Resolution on Dr Rogers' report on Kala azar.
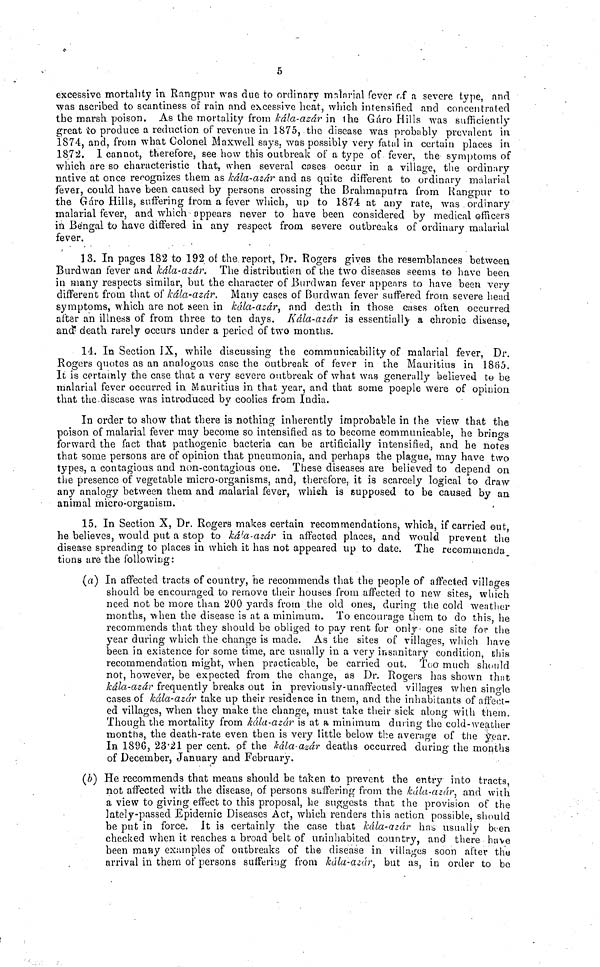
5
excessive mortality in Rangpnr was due to ordinary mnînrial fever of a severe type, and
was ascribed to scantiness of rain and excessive heat, which intensified and concentrated
the marsh poison. As the mortality from kála-azár in the Gáro Hills was sufficiently
great tο produce a reduction of revenue in 1875, the disease was probably prevalent in
ÏS74, and, from what Colonel Maxwell says, was possibly very fatal in certain places in
1872.
1 cannot, therefore, see how this outbreak of a type of fever, the symptoms of
which are so characteristic that, when several coses occur in a village, the ordimry
native at once rer-ognizes them as kála-azár and as quite different to ordinary malarial
fever, could have been caused by persons crossing the Brahmaputra from Rangpur to
the Gáro Hills, suffering from a fever which, up to 1874 at any rate, was , ordinary
malarial fever, and which appears never to have been considered by medical officers
in Bengal to have differed in any respect from severe outbreaks of ordinary malarial
fever.
13. In pages 182 to 192 of the report, Dr. Rogers gives the resemblances between
Burdwan fever and kála-azár. The distribution of the two diseases seems to have been
in many respects similar, but the character of Burdwan fever appears to have been very
different from that of kála-azár. Many cases of Burdwan fever suffered from severe head
symptoms, which are not seen in kála-azár and death in those cases often occurred
after an illness of from three to ten days, Kála-azár is essentially a chronic disease,
and? death rarely occurs under a period of two months.
14. In Section IX, while discussing the communicability of malarial fever, Dr.
Rogers quotes as an analogous case the outbreak of fever in the Mauritius in 1865.
It is certainly the case that a very severe outbreak of what was generally believed to be
malarial fever occurred in Mauritius in that year, and that some poeple were of opinion
that the disease was introduced by coolies from India.
In order to show that there is nothing inherently improbable in the view that the
poison of malarial fever may become so intensified as to become communicable, he brings
forward the fact that pathogenic bacteria can be artificially intensified, and he notes
that some persons are of opinion that pneumonia, and perhaps the plague, may have two
types, a contagious and non-contagious one. These diseases are believed to depend on
the presence of vegetable micro-organisms, and, therefore, it is scarcely logical to draw
any analogy between them and malarial fever, which is supposed to be caused by an
animal micro-organism.
15. In Section X, Dr. Rogers makes certain recommendations, which, if carried out,
he believes, would put a stop to kála-azár in affected places, and would prevent the
disease spreading to places in which it has not appeared up to date. The recommenda
tions are the following:
(a) In affected tracts of country, he recommends that the people of affected villages
should be encouraged to remove their houses from affected to new sites, which
need not be more than 200 yards from the old ones, during the cold weather
months, when the disease is at a minimum. To encourage them to do this, he
recommends that they should be obliged to pay rent for only- one site for the
year during which the change is made. As the sites of villages, which have
been in existence for some time, arc usually in a very insanitary condition, this
recommendation might, when practicable, be carried out. Too much should
not, however, be expected from the change, as Dr. Rogers has shown that
kála-azár frequently breaks out in previously-unaffected villages when single
cases of kála-azár take up their residence in them, and the inhabitants of affect-
ed villages, when they make the change, must take their sick along with them.
Though the mortality from kála-azár is at a minimum during the cold-weather
months, the death-rate even then is very little below the average of the year.
In 1896, 23.21 per cent. of the kála-azár deaths occurred during the months
of December, January and February.
(b) He recommends that means should be taken to prevent the entry into tracts,
not affected with the disease, of persons suffering from the kála-azár, and with
a view to giving effect to this proposal, he suggests that the provision of the
lately-passed Epidemic Diseases Act, which renders this action possible, should
be put in force. It is certainly the case that kála-azár has usually been
checked when it reaches a broad belt of uninhabited country, and there have
been many examples of outbreaks of the disease in villages soon after the
arrival in them of persons suffering from kála-azár, but as, in order to bo